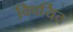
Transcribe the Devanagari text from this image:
विपर्यित